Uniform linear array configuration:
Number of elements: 24
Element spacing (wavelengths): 1
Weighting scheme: binomial
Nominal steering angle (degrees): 0
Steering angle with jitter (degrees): -0.6007
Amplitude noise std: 0.05
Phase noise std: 0.05

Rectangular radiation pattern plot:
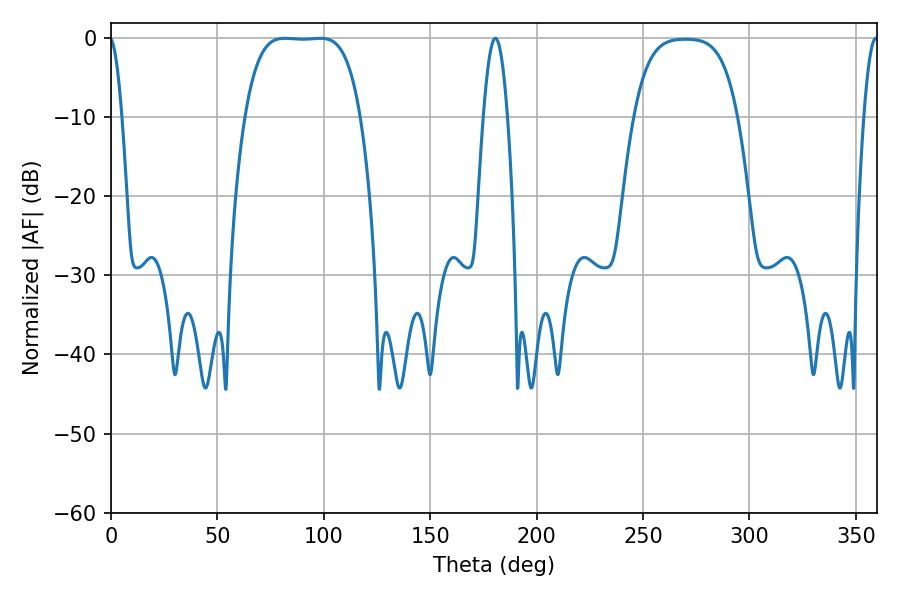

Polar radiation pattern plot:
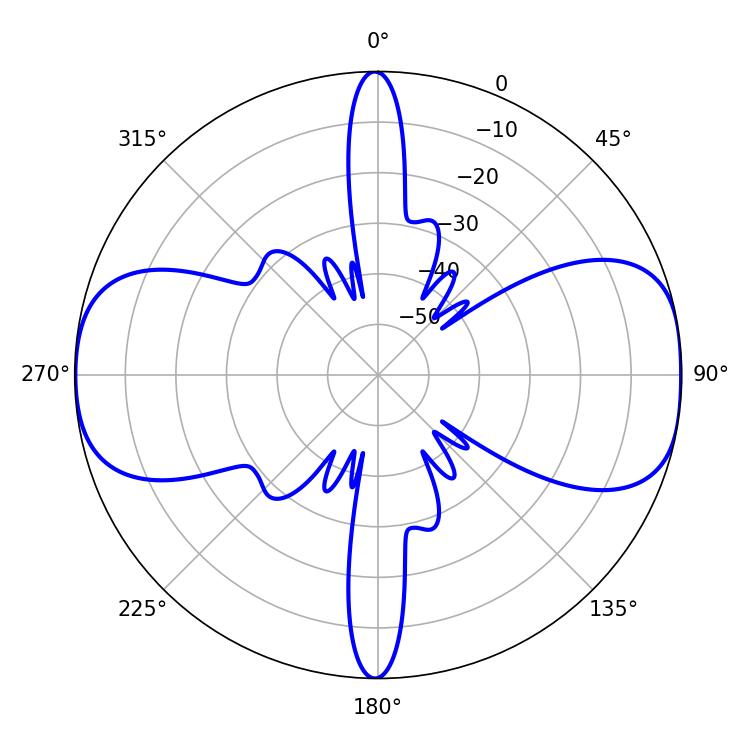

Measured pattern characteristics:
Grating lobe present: TRUE
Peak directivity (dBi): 11.773
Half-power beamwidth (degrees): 41.76
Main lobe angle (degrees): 81.54